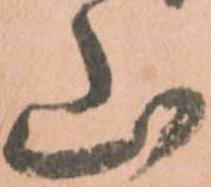
山